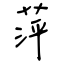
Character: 萍